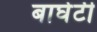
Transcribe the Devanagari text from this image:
बाघेटी